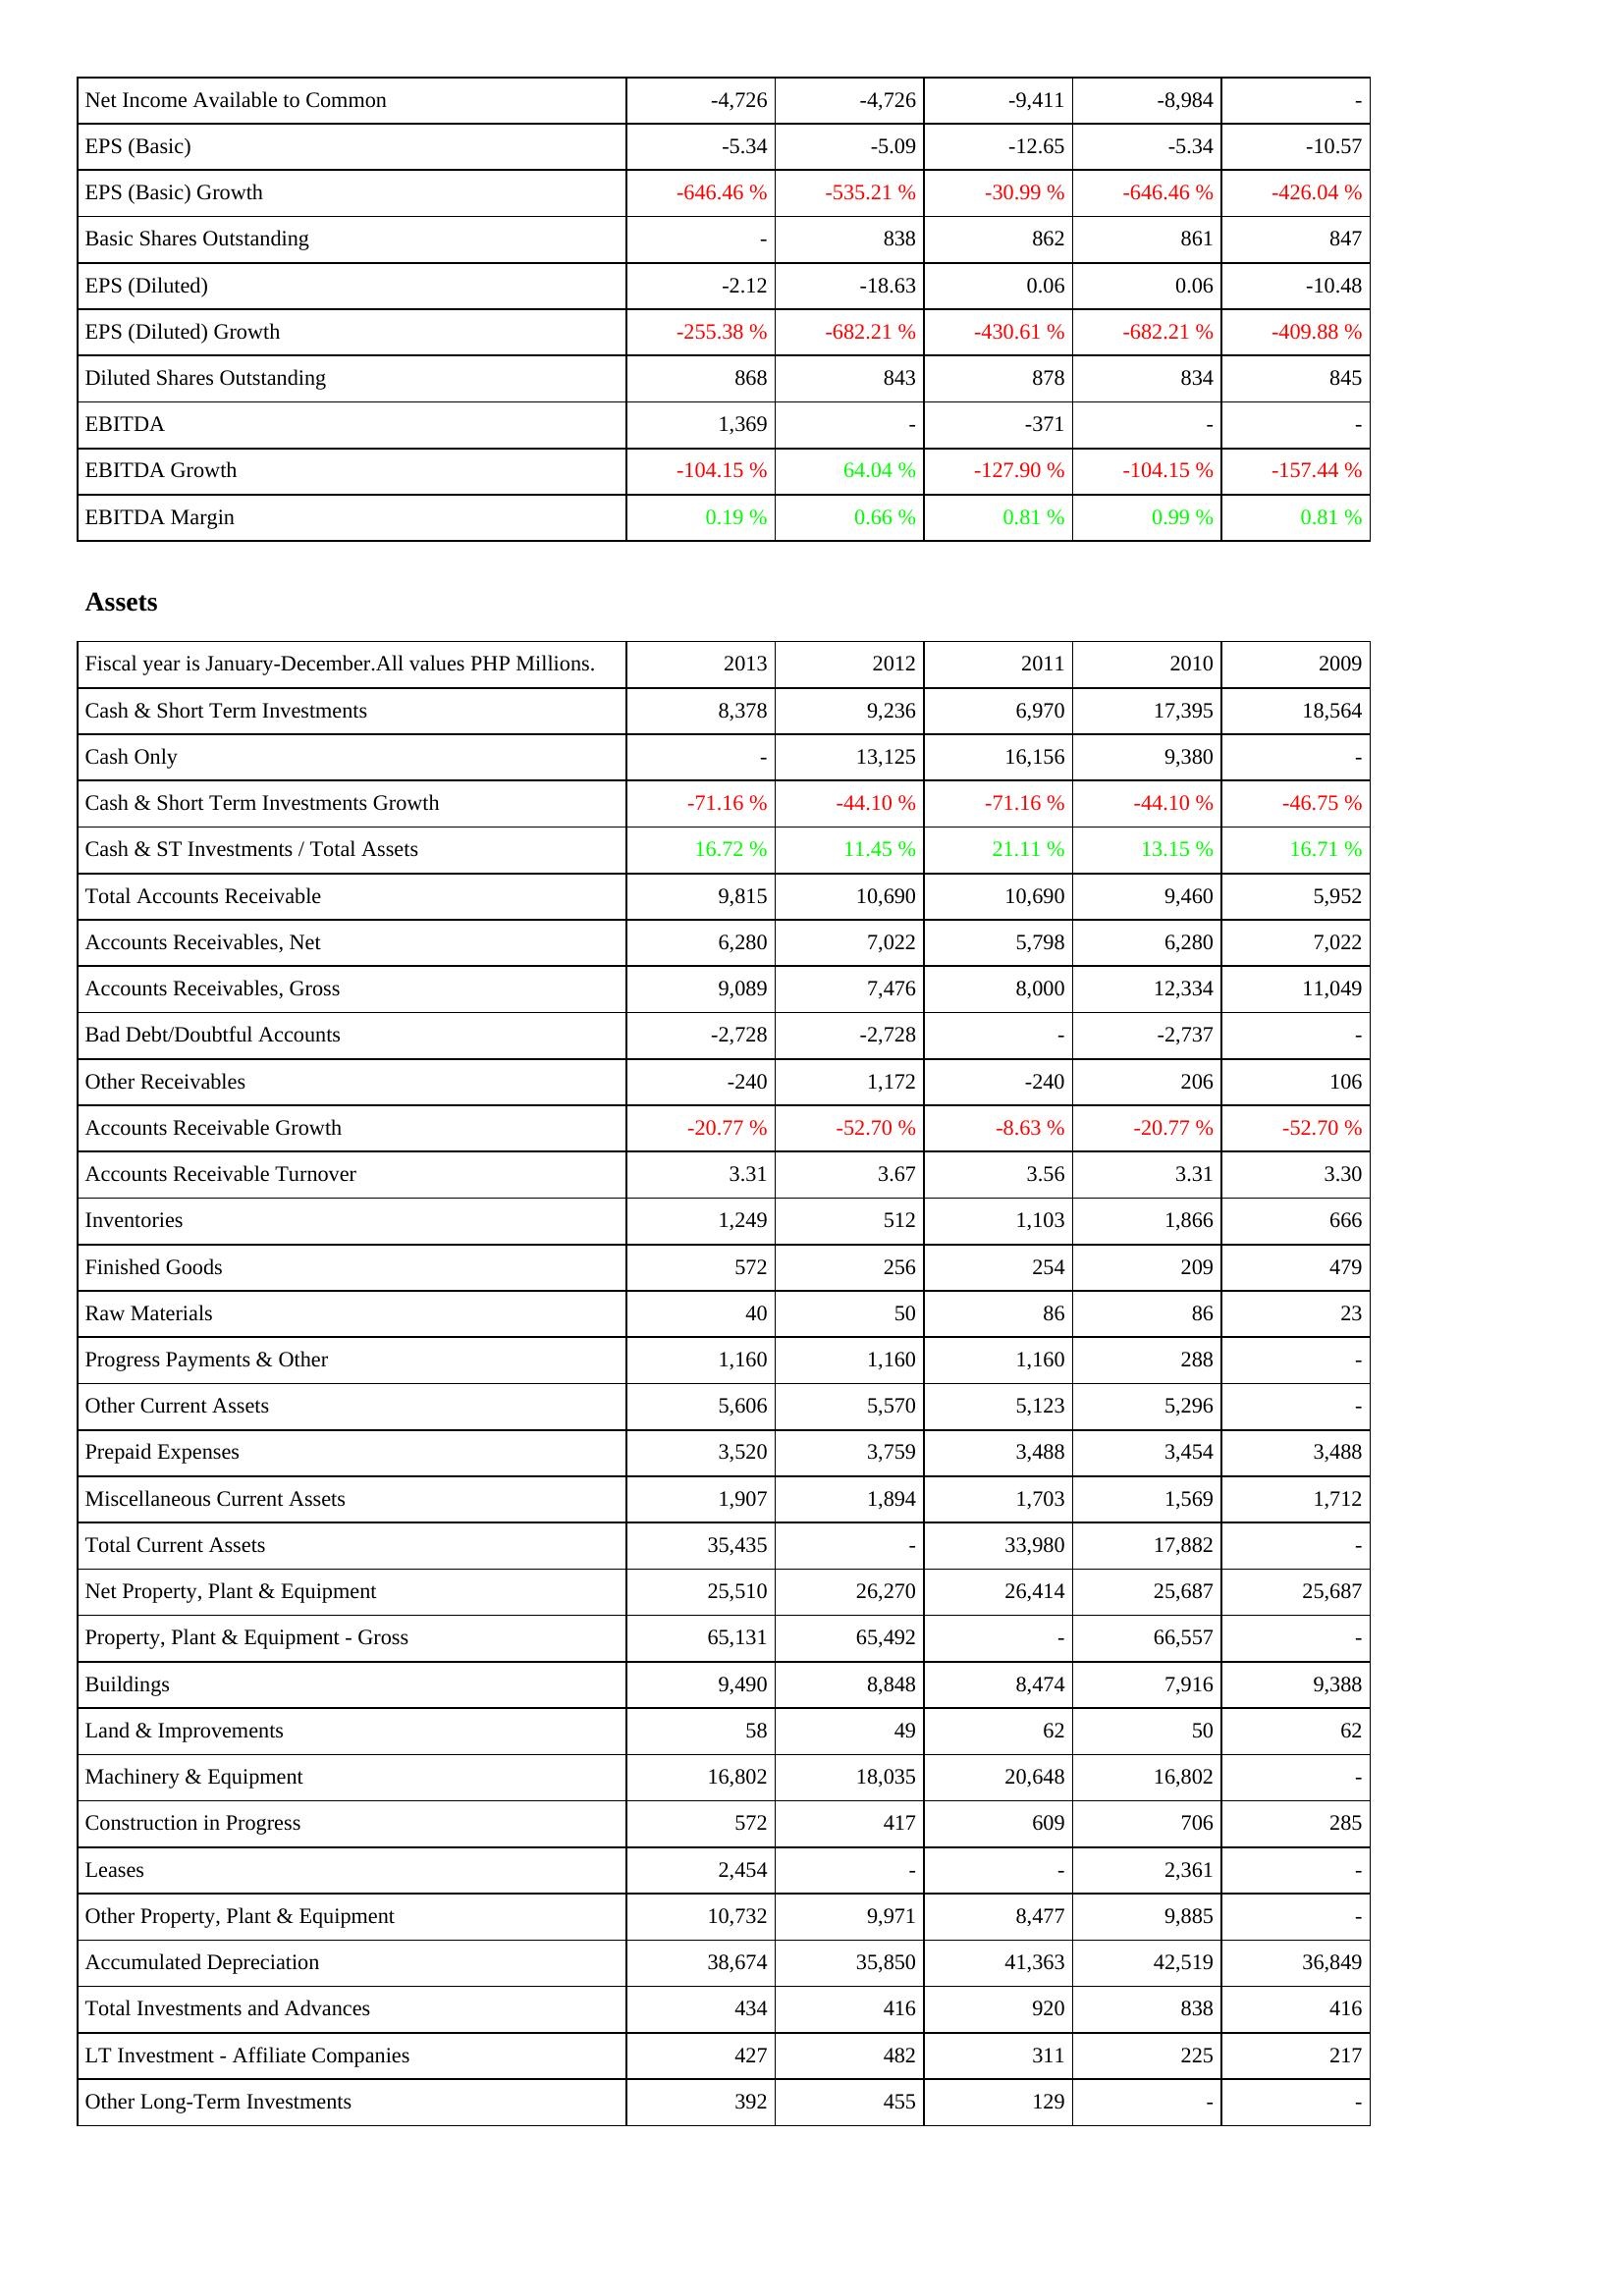
2013: Income Statement: Net Income Available to Common: -4,726
EPS (Basic): -5.34
EPS (Basic) Growth: -646.46 %
Basic Shares Outstanding: -
EPS (Diluted): -2.12
EPS (Diluted) Growth: -255.38 %
Diluted Shares Outstanding: 868
EBITDA: 1,369
EBITDA Growth: -104.15 %
EBITDA Margin: 0.19 %
Assets: Cash & Short Term Investments: 8,378
Cash Only: -
Cash & Short Term Investments Growth: -71.16 %
Cash & ST Investments / Total Assets: 16.72 %
Total Accounts Receivable: 9,815
Accounts Receivables, Net: 6,280
Accounts Receivables, Gross: 9,089
Bad Debt/Doubtful Accounts: -2,728
Other Receivables: -240
Accounts Receivable Growth: -20.77 %
Accounts Receivable Turnover: 3.31
Inventories: 1,249
Finished Goods: 572
Raw Materials: 40
Progress Payments & Other: 1,160
Other Current Assets: 5,606
Prepaid Expenses: 3,520
Miscellaneous Current Assets: 1,907
Total Current Assets: 35,435
Net Property, Plant & Equipment: 25,510
Property, Plant & Equipment - Gross: 65,131
Buildings: 9,490
Land & Improvements: 58
Machinery & Equipment: 16,802
Construction in Progress: 572
Leases: 2,454
Other Property, Plant & Equipment: 10,732
Accumulated Depreciation: 38,674
Total Investments and Advances: 434
LT Investment - Affiliate Companies: 427
Other Long-Term Investments: 392
2012: Income Statement: Net Income Available to Common: -4,726
EPS (Basic): -5.09
EPS (Basic) Growth: -535.21 %
Basic Shares Outstanding: 838
EPS (Diluted): -18.63
EPS (Diluted) Growth: -682.21 %
Diluted Shares Outstanding: 843
EBITDA: -
EBITDA Growth: 64.04 %
EBITDA Margin: 0.66 %
Assets: Cash & Short Term Investments: 9,236
Cash Only: 13,125
Cash & Short Term Investments Growth: -44.10 %
Cash & ST Investments / Total Assets: 11.45 %
Total Accounts Receivable: 10,690
Accounts Receivables, Net: 7,022
Accounts Receivables, Gross: 7,476
Bad Debt/Doubtful Accounts: -2,728
Other Receivables: 1,172
Accounts Receivable Growth: -52.70 %
Accounts Receivable Turnover: 3.67
Inventories: 512
Finished Goods: 256
Raw Materials: 50
Progress Payments & Other: 1,160
Other Current Assets: 5,570
Prepaid Expenses: 3,759
Miscellaneous Current Assets: 1,894
Total Current Assets: -
Net Property, Plant & Equipment: 26,270
Property, Plant & Equipment - Gross: 65,492
Buildings: 8,848
Land & Improvements: 49
Machinery & Equipment: 18,035
Construction in Progress: 417
Leases: -
Other Property, Plant & Equipment: 9,971
Accumulated Depreciation: 35,850
Total Investments and Advances: 416
LT Investment - Affiliate Companies: 482
Other Long-Term Investments: 455
2011: Income Statement: Net Income Available to Common: -9,411
EPS (Basic): -12.65
EPS (Basic) Growth: -30.99 %
Basic Shares Outstanding: 862
EPS (Diluted): 0.06
EPS (Diluted) Growth: -430.61 %
Diluted Shares Outstanding: 878
EBITDA: -371
EBITDA Growth: -127.90 %
EBITDA Margin: 0.81 %
Assets: Cash & Short Term Investments: 6,970
Cash Only: 16,156
Cash & Short Term Investments Growth: -71.16 %
Cash & ST Investments / Total Assets: 21.11 %
Total Accounts Receivable: 10,690
Accounts Receivables, Net: 5,798
Accounts Receivables, Gross: 8,000
Bad Debt/Doubtful Accounts: -
Other Receivables: -240
Accounts Receivable Growth: -8.63 %
Accounts Receivable Turnover: 3.56
Inventories: 1,103
Finished Goods: 254
Raw Materials: 86
Progress Payments & Other: 1,160
Other Current Assets: 5,123
Prepaid Expenses: 3,488
Miscellaneous Current Assets: 1,703
Total Current Assets: 33,980
Net Property, Plant & Equipment: 26,414
Property, Plant & Equipment - Gross: -
Buildings: 8,474
Land & Improvements: 62
Machinery & Equipment: 20,648
Construction in Progress: 609
Leases: -
Other Property, Plant & Equipment: 8,477
Accumulated Depreciation: 41,363
Total Investments and Advances: 920
LT Investment - Affiliate Companies: 311
Other Long-Term Investments: 129
2010: Income Statement: Net Income Available to Common: -8,984
EPS (Basic): -5.34
EPS (Basic) Growth: -646.46 %
Basic Shares Outstanding: 861
EPS (Diluted): 0.06
EPS (Diluted) Growth: -682.21 %
Diluted Shares Outstanding: 834
EBITDA: -
EBITDA Growth: -104.15 %
EBITDA Margin: 0.99 %
Assets: Cash & Short Term Investments: 17,395
Cash Only: 9,380
Cash & Short Term Investments Growth: -44.10 %
Cash & ST Investments / Total Assets: 13.15 %
Total Accounts Receivable: 9,460
Accounts Receivables, Net: 6,280
Accounts Receivables, Gross: 12,334
Bad Debt/Doubtful Accounts: -2,737
Other Receivables: 206
Accounts Receivable Growth: -20.77 %
Accounts Receivable Turnover: 3.31
Inventories: 1,866
Finished Goods: 209
Raw Materials: 86
Progress Payments & Other: 288
Other Current Assets: 5,296
Prepaid Expenses: 3,454
Miscellaneous Current Assets: 1,569
Total Current Assets: 17,882
Net Property, Plant & Equipment: 25,687
Property, Plant & Equipment - Gross: 66,557
Buildings: 7,916
Land & Improvements: 50
Machinery & Equipment: 16,802
Construction in Progress: 706
Leases: 2,361
Other Property, Plant & Equipment: 9,885
Accumulated Depreciation: 42,519
Total Investments and Advances: 838
LT Investment - Affiliate Companies: 225
Other Long-Term Investments: -
2009: Income Statement: Net Income Available to Common: -
EPS (Basic): -10.57
EPS (Basic) Growth: -426.04 %
Basic Shares Outstanding: 847
EPS (Diluted): -10.48
EPS (Diluted) Growth: -409.88 %
Diluted Shares Outstanding: 845
EBITDA: -
EBITDA Growth: -157.44 %
EBITDA Margin: 0.81 %
Assets: Cash & Short Term Investments: 18,564
Cash Only: -
Cash & Short Term Investments Growth: -46.75 %
Cash & ST Investments / Total Assets: 16.71 %
Total Accounts Receivable: 5,952
Accounts Receivables, Net: 7,022
Accounts Receivables, Gross: 11,049
Bad Debt/Doubtful Accounts: -
Other Receivables: 106
Accounts Receivable Growth: -52.70 %
Accounts Receivable Turnover: 3.30
Inventories: 666
Finished Goods: 479
Raw Materials: 23
Progress Payments & Other: -
Other Current Assets: -
Prepaid Expenses: 3,488
Miscellaneous Current Assets: 1,712
Total Current Assets: -
Net Property, Plant & Equipment: 25,687
Property, Plant & Equipment - Gross: -
Buildings: 9,388
Land & Improvements: 62
Machinery & Equipment: -
Construction in Progress: 285
Leases: -
Other Property, Plant & Equipment: -
Accumulated Depreciation: 36,849
Total Investments and Advances: 416
LT Investment - Affiliate Companies: 217
Other Long-Term Investments: -